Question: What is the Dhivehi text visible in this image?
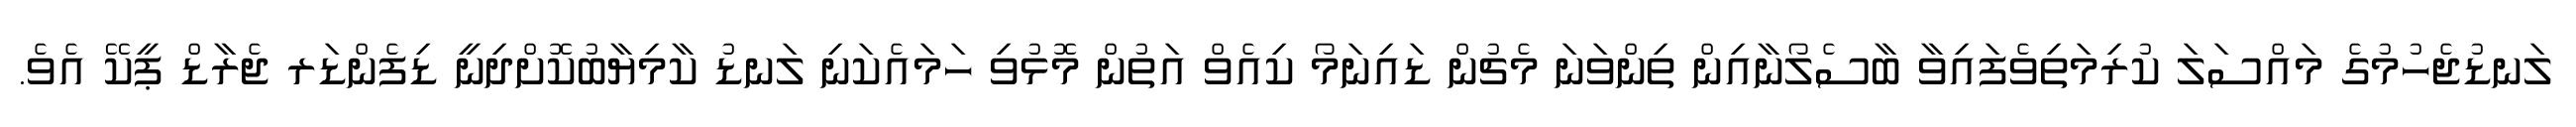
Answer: ލަނޑުޖެހުމުގެ މައްސަލަ ކުރިމަތިވެފައިވާ ބާސެލޯނާއިން ތިންވަނަ މެޗުން ޑައިނަމޯ ކިއެވް އަތުން މޮޅުވި ހަމައެކަނި ލަނޑު ކާމިޔާބުކޮށްދިނީ ޑިފެންޑަރ ޖެރާޑް ޕީކޭ އެވެ.